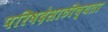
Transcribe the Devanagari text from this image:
परिषदेसाठीच्यता